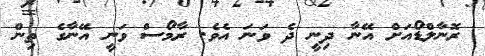
ރޮނާލްޑޯއަށް އޭނާ ދިނީ ދެ ވަނަ އެވެ. ރާމޯސް ވަނީ އޭނާގެ ތިން